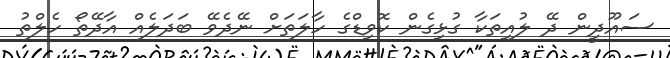
ސައޫދީން ދޭ ލުއިތަކާ ގުޅިގެން ކޮވިޑްގެ ހާލަތަށް ނޭދެވޭ ބަދަލެއް އާދޭތޯ ހެލްތު